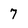
Character: 7